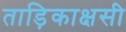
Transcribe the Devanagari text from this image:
ताड़िकाक्षसी